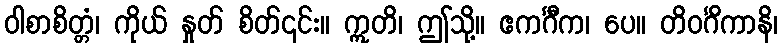
ဝါစာစိတ္တံ၊ ကိုယ် နှုတ် စိတ်၎င်း။ ဣတိ၊ ဤသို့။ ဧကင်္ဂီက၊ ပေ။ တိဝင်္ဂိကာနိ၊